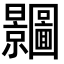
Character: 𭨗